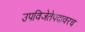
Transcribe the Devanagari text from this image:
उपविजेतेपदावरच